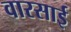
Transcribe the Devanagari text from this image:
वारसाई